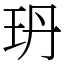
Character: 玬